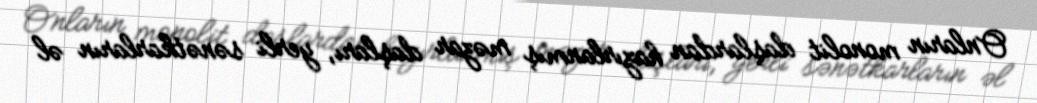
Onların monolit daşlardan hazırlanmış məzar daşları, yerli sənətkarların əl